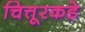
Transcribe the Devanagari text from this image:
चित्तूरकडे